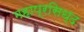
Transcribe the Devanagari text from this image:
महाप्रसिध्द